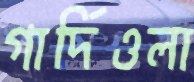
গার্দিওলা